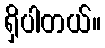
ရှိပါတယ်။